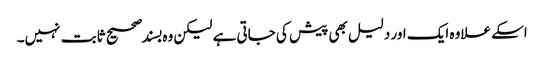
اسکے علاوہ ایک اور دلیل بھی پیش کی جاتی ہے لیکن وہ بسند صحیح ثابت نہیں۔